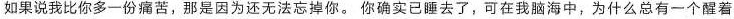
如果说我比你多一份痛苦，那是因为还无法忘掉你。你确实已睡去了，可在我脑海中，为什么总有一个醒着